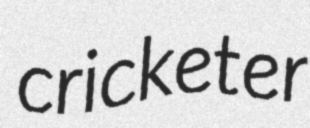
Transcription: cricketer